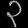
Digit: ၃